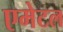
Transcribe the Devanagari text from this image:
एमेटल